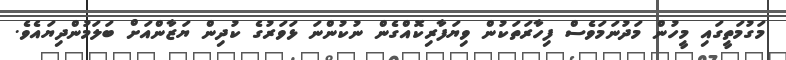
މަގުމަތީގައި މީހުން މަދުނަމަވެސް ފިހާރަތަކުން ވިޔަފާރިކޮއްގެން ނުކުންނަ ޅަވަރުގެ ކުދިން ޔަޒާންއަށް ބަލަމުންދިޔައެވެ.